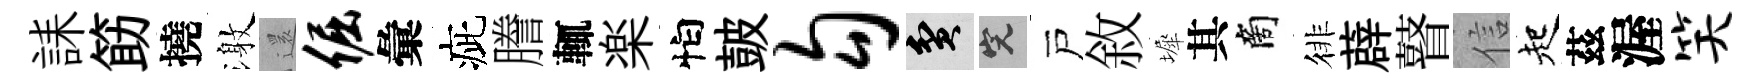
誄筯撓激𮟃倔彙疵謄輒楽怕皷勾貧完戸敘墀其商徘薜瞽信起茲渥笑